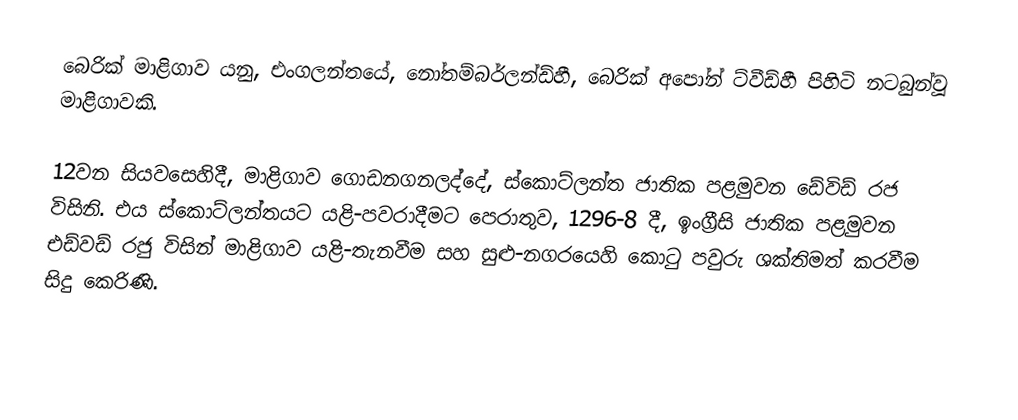
බෙරික් මාළිගාව යනු, එංගලන්තයේ, නෝතම්බර්ලන්ඩ්හී, බෙරික් අපෝන් ට්වීඩ්හී පිහිටි නටබුන්වූ මාළිගාවකි.

12වන සියවසෙහිදී, මාළිගාව ගොඩනගනලද්දේ, ස්කොට්ලන්ත ජාතික  පළමුවන ඩේවිඩ් රජ විසිනි. එය ස්කොට්ලන්තයට යළි-පවරාදීමට පෙරාතුව, 1296-8 දී, ඉංග්‍රීසි ජාතික පළමුවන එඩ්වඩ් රජු විසින් මාළිගාව යළි-තැනවීම සහ සුළු-නගරයෙහි කොටු පවුරු ශක්තිමත් කරවීම සිදු කෙරිණි.